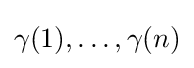
\gamma (1),\dots ,\gamma (n)